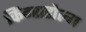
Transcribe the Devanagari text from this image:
किंग्सहोल्म